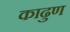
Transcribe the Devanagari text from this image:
काढुण